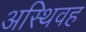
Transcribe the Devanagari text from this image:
अस्थिवह